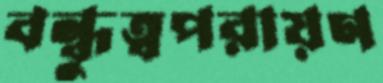
বন্ধুত্বপরায়ণ